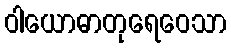
ဝါယောဓာတုရေဝေသာ